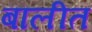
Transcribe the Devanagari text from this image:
बालीत